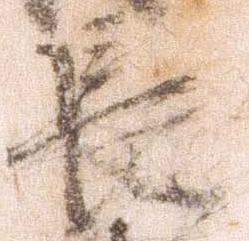
長